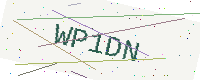
Text: WP1DN